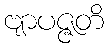
ဗျာပဇ္ဇတိ